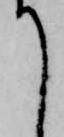
て